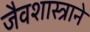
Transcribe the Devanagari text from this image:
जैवशास्त्राने